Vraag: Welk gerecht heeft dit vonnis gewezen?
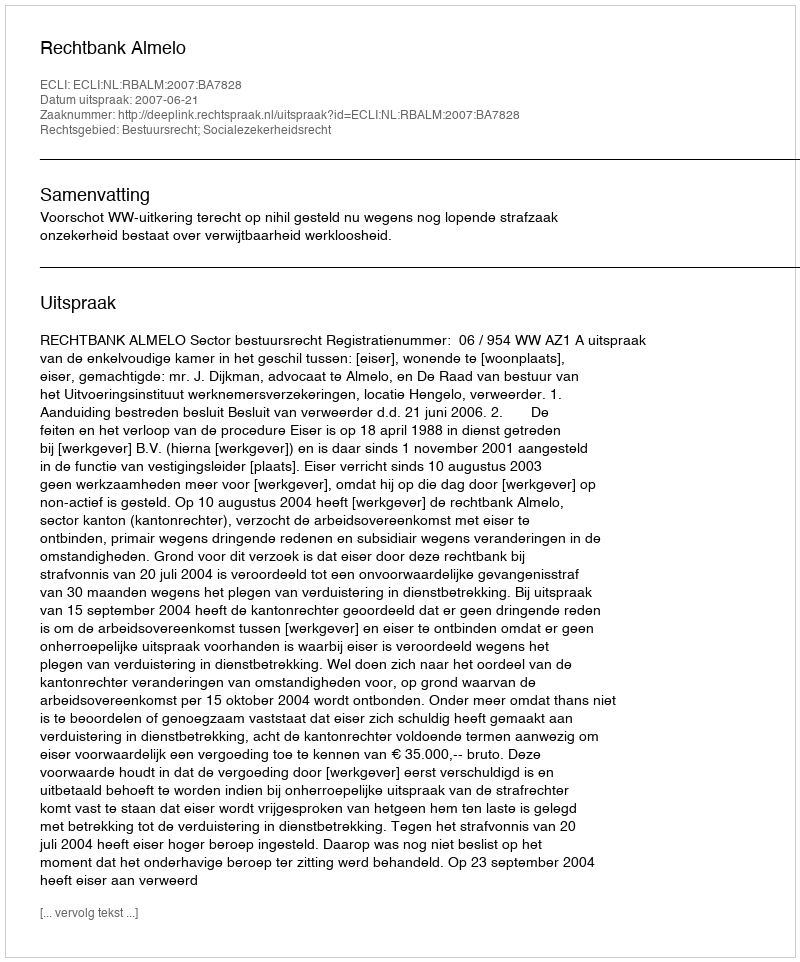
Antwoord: Rechtbank Almelo